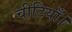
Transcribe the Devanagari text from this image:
चीटियाँ।